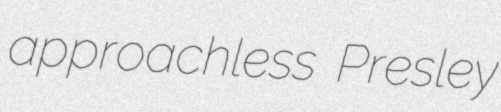
approachless Presley